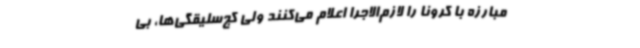
مبارزه با کرونا را لازم‌الاجرا اعلام می‌کنند ولی کج‌سلیقگی‌ها، بی